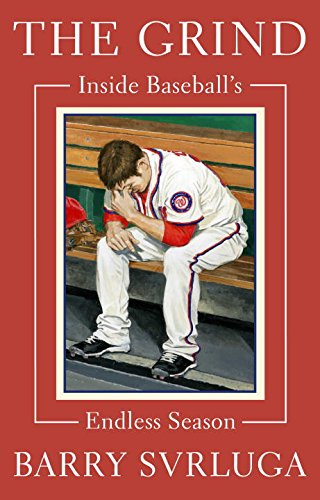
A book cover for The Grind: Inside Baseball's Endless Season; Barry Svrluga; Sports & Outdoors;